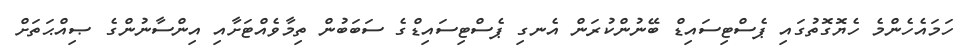
ހަމައެހެންމެ ހެޔޮގޮތުގައި ޕެސްޓިސައިޑް ބޭނުންކުރަން އެނގި ޕެސްޓިސައިޑްގެ ސަބަބުން ތިމާވެއްޓަށާއި އިންސާނުންގެ ޞިއްޙަތަށް